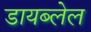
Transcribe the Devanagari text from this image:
डायब्लेल